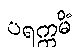
ပရက္ကမိံ